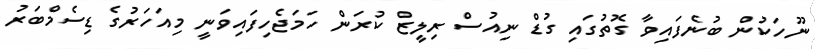
ނޫހަކުން ބުނެފައިވާ ގޮތުގައި ގުޑް ނިއުސް ރިލީޒް ކުރަން ހަމަޖެހިފައިވަނީ މިއަހަރުގެ ޑިސެމްބަރު